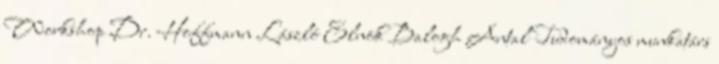
Workshop Dr. Hoffmann László Elnök Balogh Antal Tudományos munkatárs